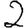
Digit: 2